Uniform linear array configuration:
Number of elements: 24
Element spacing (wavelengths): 0.75
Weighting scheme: hamming
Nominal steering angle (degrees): -15
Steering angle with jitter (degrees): -13.378
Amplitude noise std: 0.05
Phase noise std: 0.05

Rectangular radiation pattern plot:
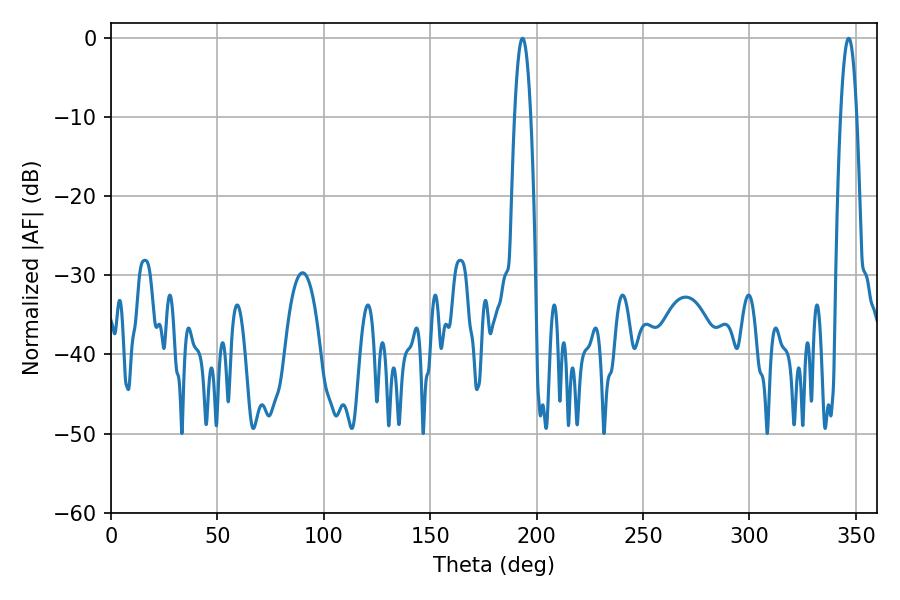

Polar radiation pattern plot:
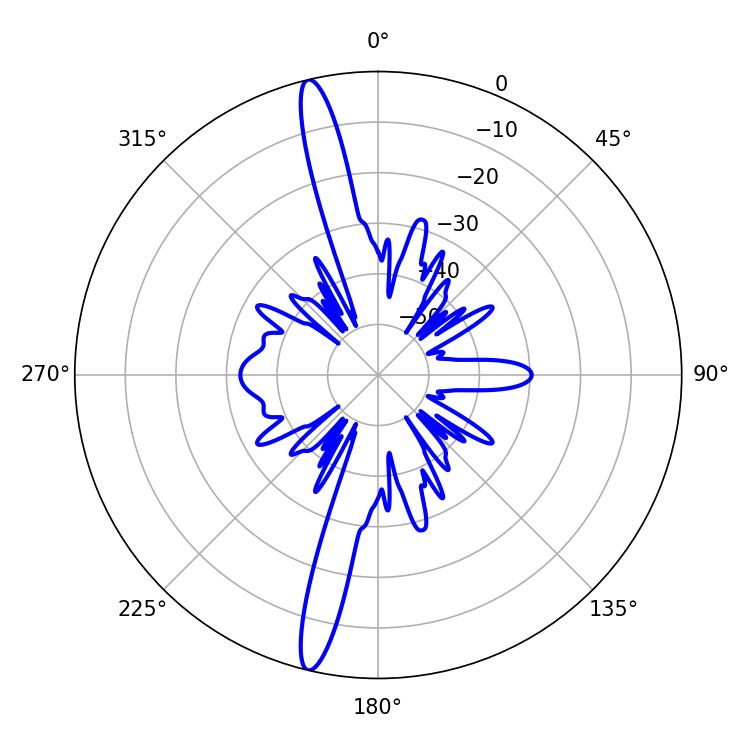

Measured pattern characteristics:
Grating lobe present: TRUE
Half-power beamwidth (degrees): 4.14
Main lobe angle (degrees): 193.32